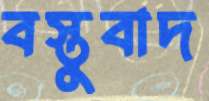
বস্তুবাদ